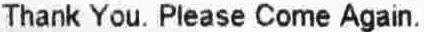
THANK YOU. PLEASE COME AGAIN.